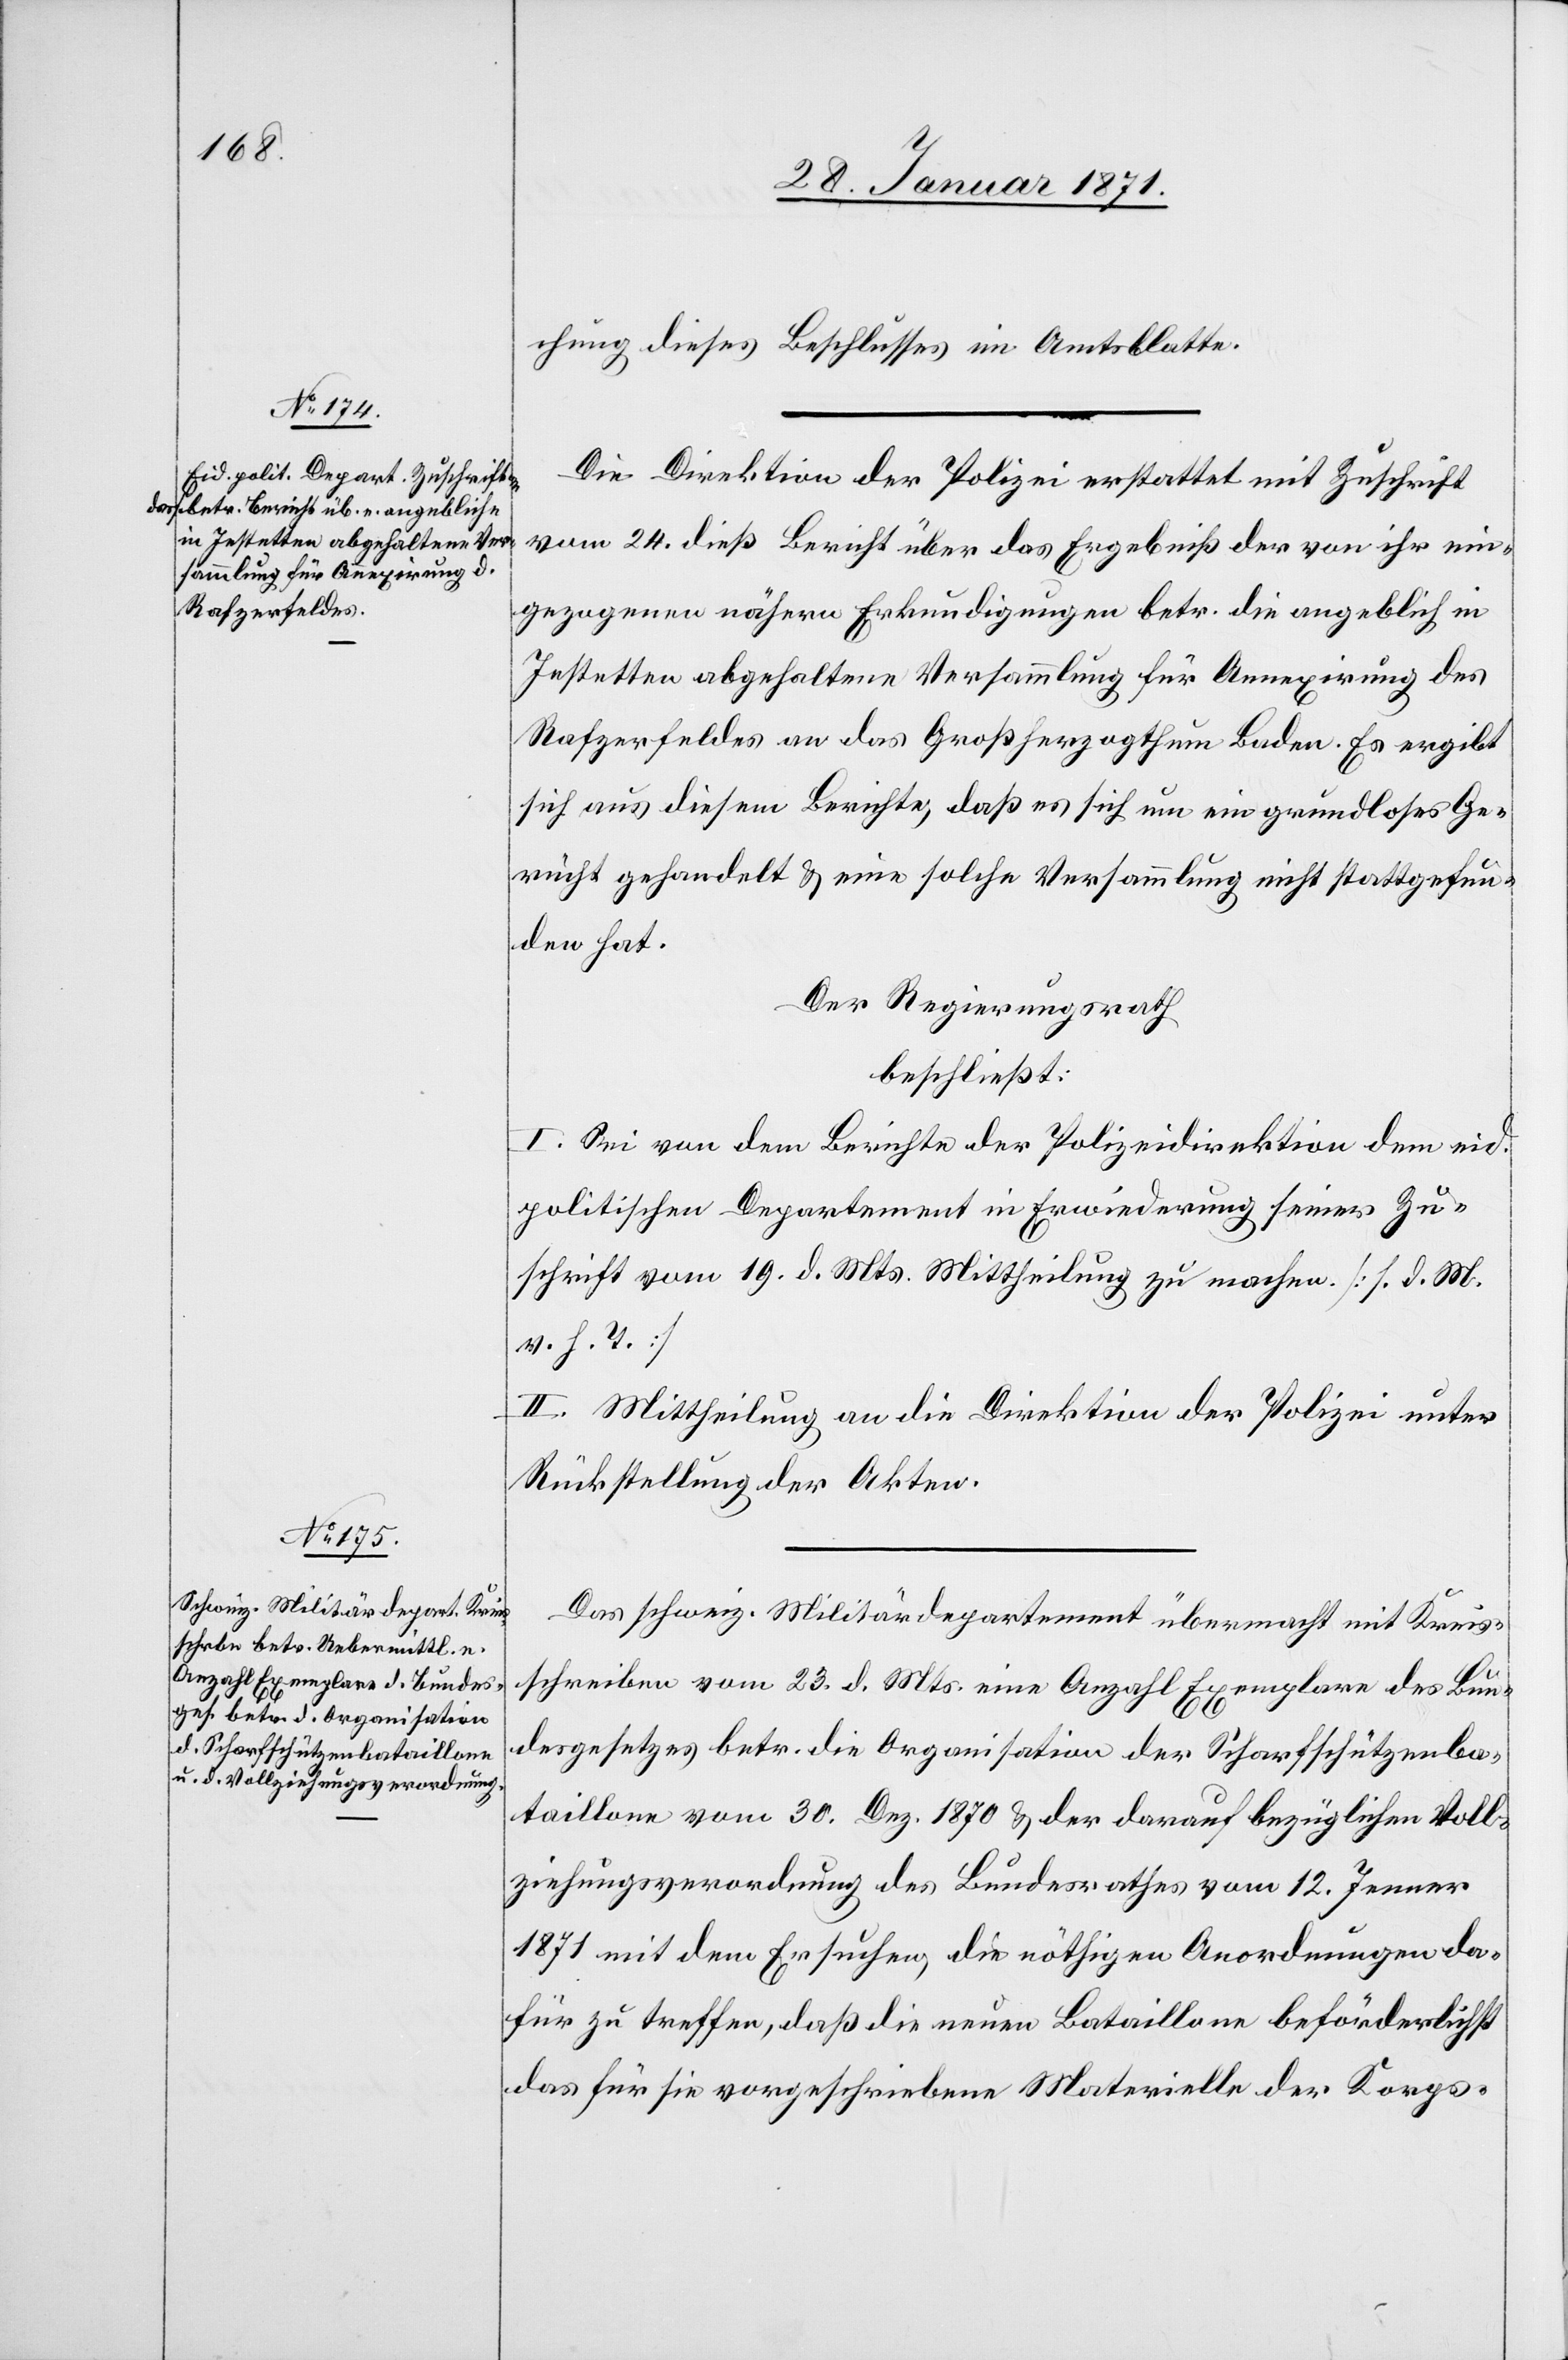
chung dieses Beschlusses im Amtsblatt.
Die Direktion der Polizei erstattet mit Zuschrift
vom 24. dieß Bericht über das Ergebniß der von ihr ein¬
gezogenen nähern Erkundigungen betr. die angeblich in
Jestetten abgehaltene Versammlung für Annexirung des
Rafzerfeldes an das Großherzogthum Baden. Es ergibt
sich aus diesem Berichte, daß es sich um ein grundloses Ge¬
rücht gehandelt u. eine solche Versammlung nicht stattgefun¬
den hat.
Der Regierungsrath
beschließt:
I. Sei von dem Berichte der Polizeidirektion dem eid.
politischen Departement in Erwiederung seiner Zu¬
schrift vom 19. d. Mts. Mittheilung zu machen. [l. d. M.
v. h. T.]
II. Mittheilung an die Direktion der Polizei. unter
Rückstellung der Akten.
Das schweiz. Militärdepartement übermacht mit Kreis¬
schreiben vom 23. d. Mts. eine Anzahl Exemplare des Bun¬
desgesetzes betr. die Organisation der Scharfschützenba¬
taillone vom 30. Dez 1870 u. der darauf bezüglichen Voll¬
ziehungsverordnung des Bundesrathes vom 12. Jenner
1871 mit dem Ersuchen, die nöthigen Anordnungen da¬
für zu treffen, daß die neuen Bataillone beförderlichst
das für sie vorgeschriebene Materielle der Korps-